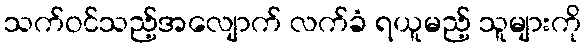
သက်ဝင်သည့်အလျောက် လက်ခံ ရယူမည့် သူများကို